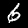
Digit: 6